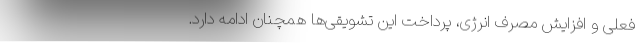
فعلی و افزایش مصرف انرژی، پرداخت این تشویقی‌ها همچنان ادامه دارد.